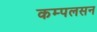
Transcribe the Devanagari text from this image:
कम्पलसन